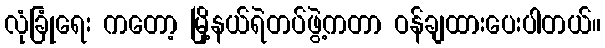
လုံခြုံရေး ကတော့ မြို့နယ်ရဲတပ်ဖွဲ့ကတာ ဝန်ချထားပေးပါတယ်။